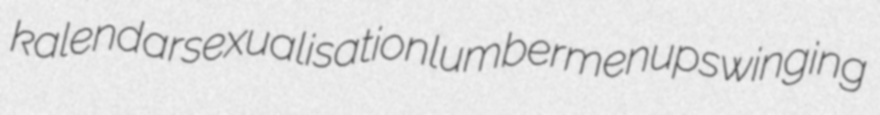
kalendar sexualisation lumbermen upswinging